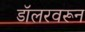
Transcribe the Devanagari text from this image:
डॉलरवरून